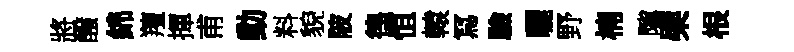
將醱綿羶揮甫動料貌陂徨恒轅冩驗曬野楠隲檗根